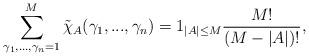
LaTeX: \begin{align*}\sum_{\gamma_1,...,\gamma_n = 1}^M \tilde{\chi}_A(\gamma_1,...,\gamma_n) &= 1_{|A| \leq M} \frac{M!}{(M-|A|)! },\end{align*}